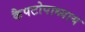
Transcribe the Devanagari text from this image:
कैपटोपाध्याय